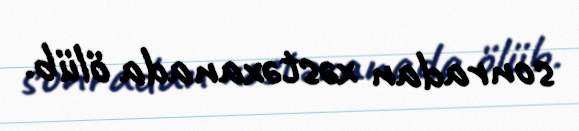
sonradan xəstəxanada ölüb.